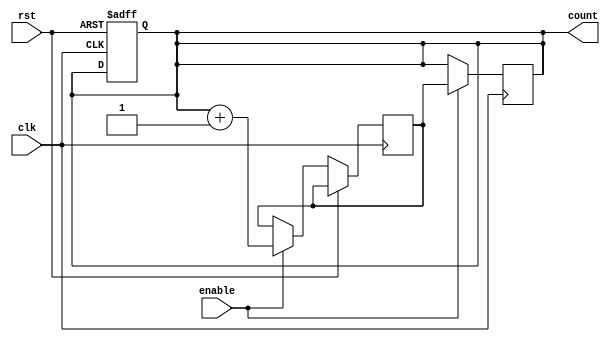
module BCD_Up_Counter_with_Enable (
  input wire clk,
  input wire rst,
  input wire enable,
  output reg [3:0] count
);

reg [3:0] next_count;

always @(posedge clk or posedge rst) begin
  if (rst) begin
    count <= 4'b0000;
  end else if (enable) begin
    next_count <= count + 4'b0001;
  end
end

always @(posedge clk) begin
  if (enable) begin
    count <= next_count;
  end
end

endmodule